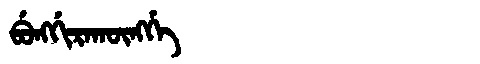
Manchu: ᠪᡠᠩᡤᡳᡵᠠᡴᡡᠩᡤᡝ
Romanization: BUNGGIRAKŪNGGE